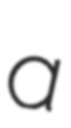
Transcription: a